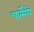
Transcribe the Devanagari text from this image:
चार्लेरॉय